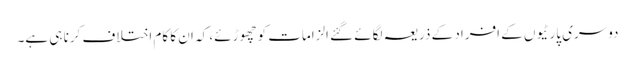
دوسری پارٹیوں کے افراد کے ذریعہ لگائے گئے الزامات کو چھوڑئے، کہ ان کا کام اختلاف کرنا ہی ہے۔